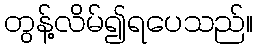
တွန့်လိမ်၍ရပေသည်။